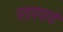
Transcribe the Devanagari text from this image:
हडप्पाचे